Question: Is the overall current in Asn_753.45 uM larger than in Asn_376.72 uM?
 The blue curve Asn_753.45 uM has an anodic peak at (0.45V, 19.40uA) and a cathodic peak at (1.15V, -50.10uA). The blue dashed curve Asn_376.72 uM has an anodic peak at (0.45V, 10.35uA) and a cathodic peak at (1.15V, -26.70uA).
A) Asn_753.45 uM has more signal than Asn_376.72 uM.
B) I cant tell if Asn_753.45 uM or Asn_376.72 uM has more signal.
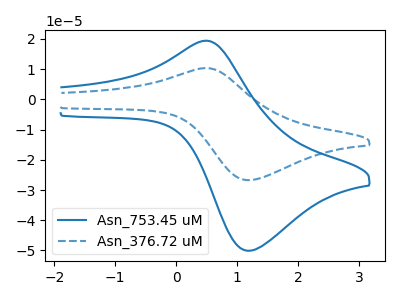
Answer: <think>All the peaks in "Asn_753.45 uM" have a peak in "Asn_376.72 uM" at the same potential. Every peak in "Asn_753.45 uM" is higher than every peak in "Asn_376.72 uM".
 </think>
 <answer>A) "Asn_753.45 uM" has more signal than "Asn_376.72 uM".</answer>
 <eval>A</eval>